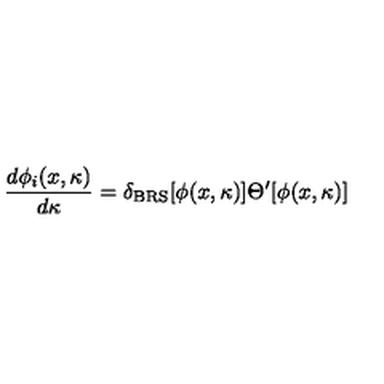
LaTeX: { \frac { d \phi _ { i } ( x , \kappa ) } { d \kappa } } = \delta _ { \mathrm { B R S } } [ \phi ( x , \kappa ) ] \Theta ^ { \prime } [ \phi ( x , \kappa ) ]